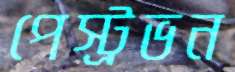
পেস্ট্রভন